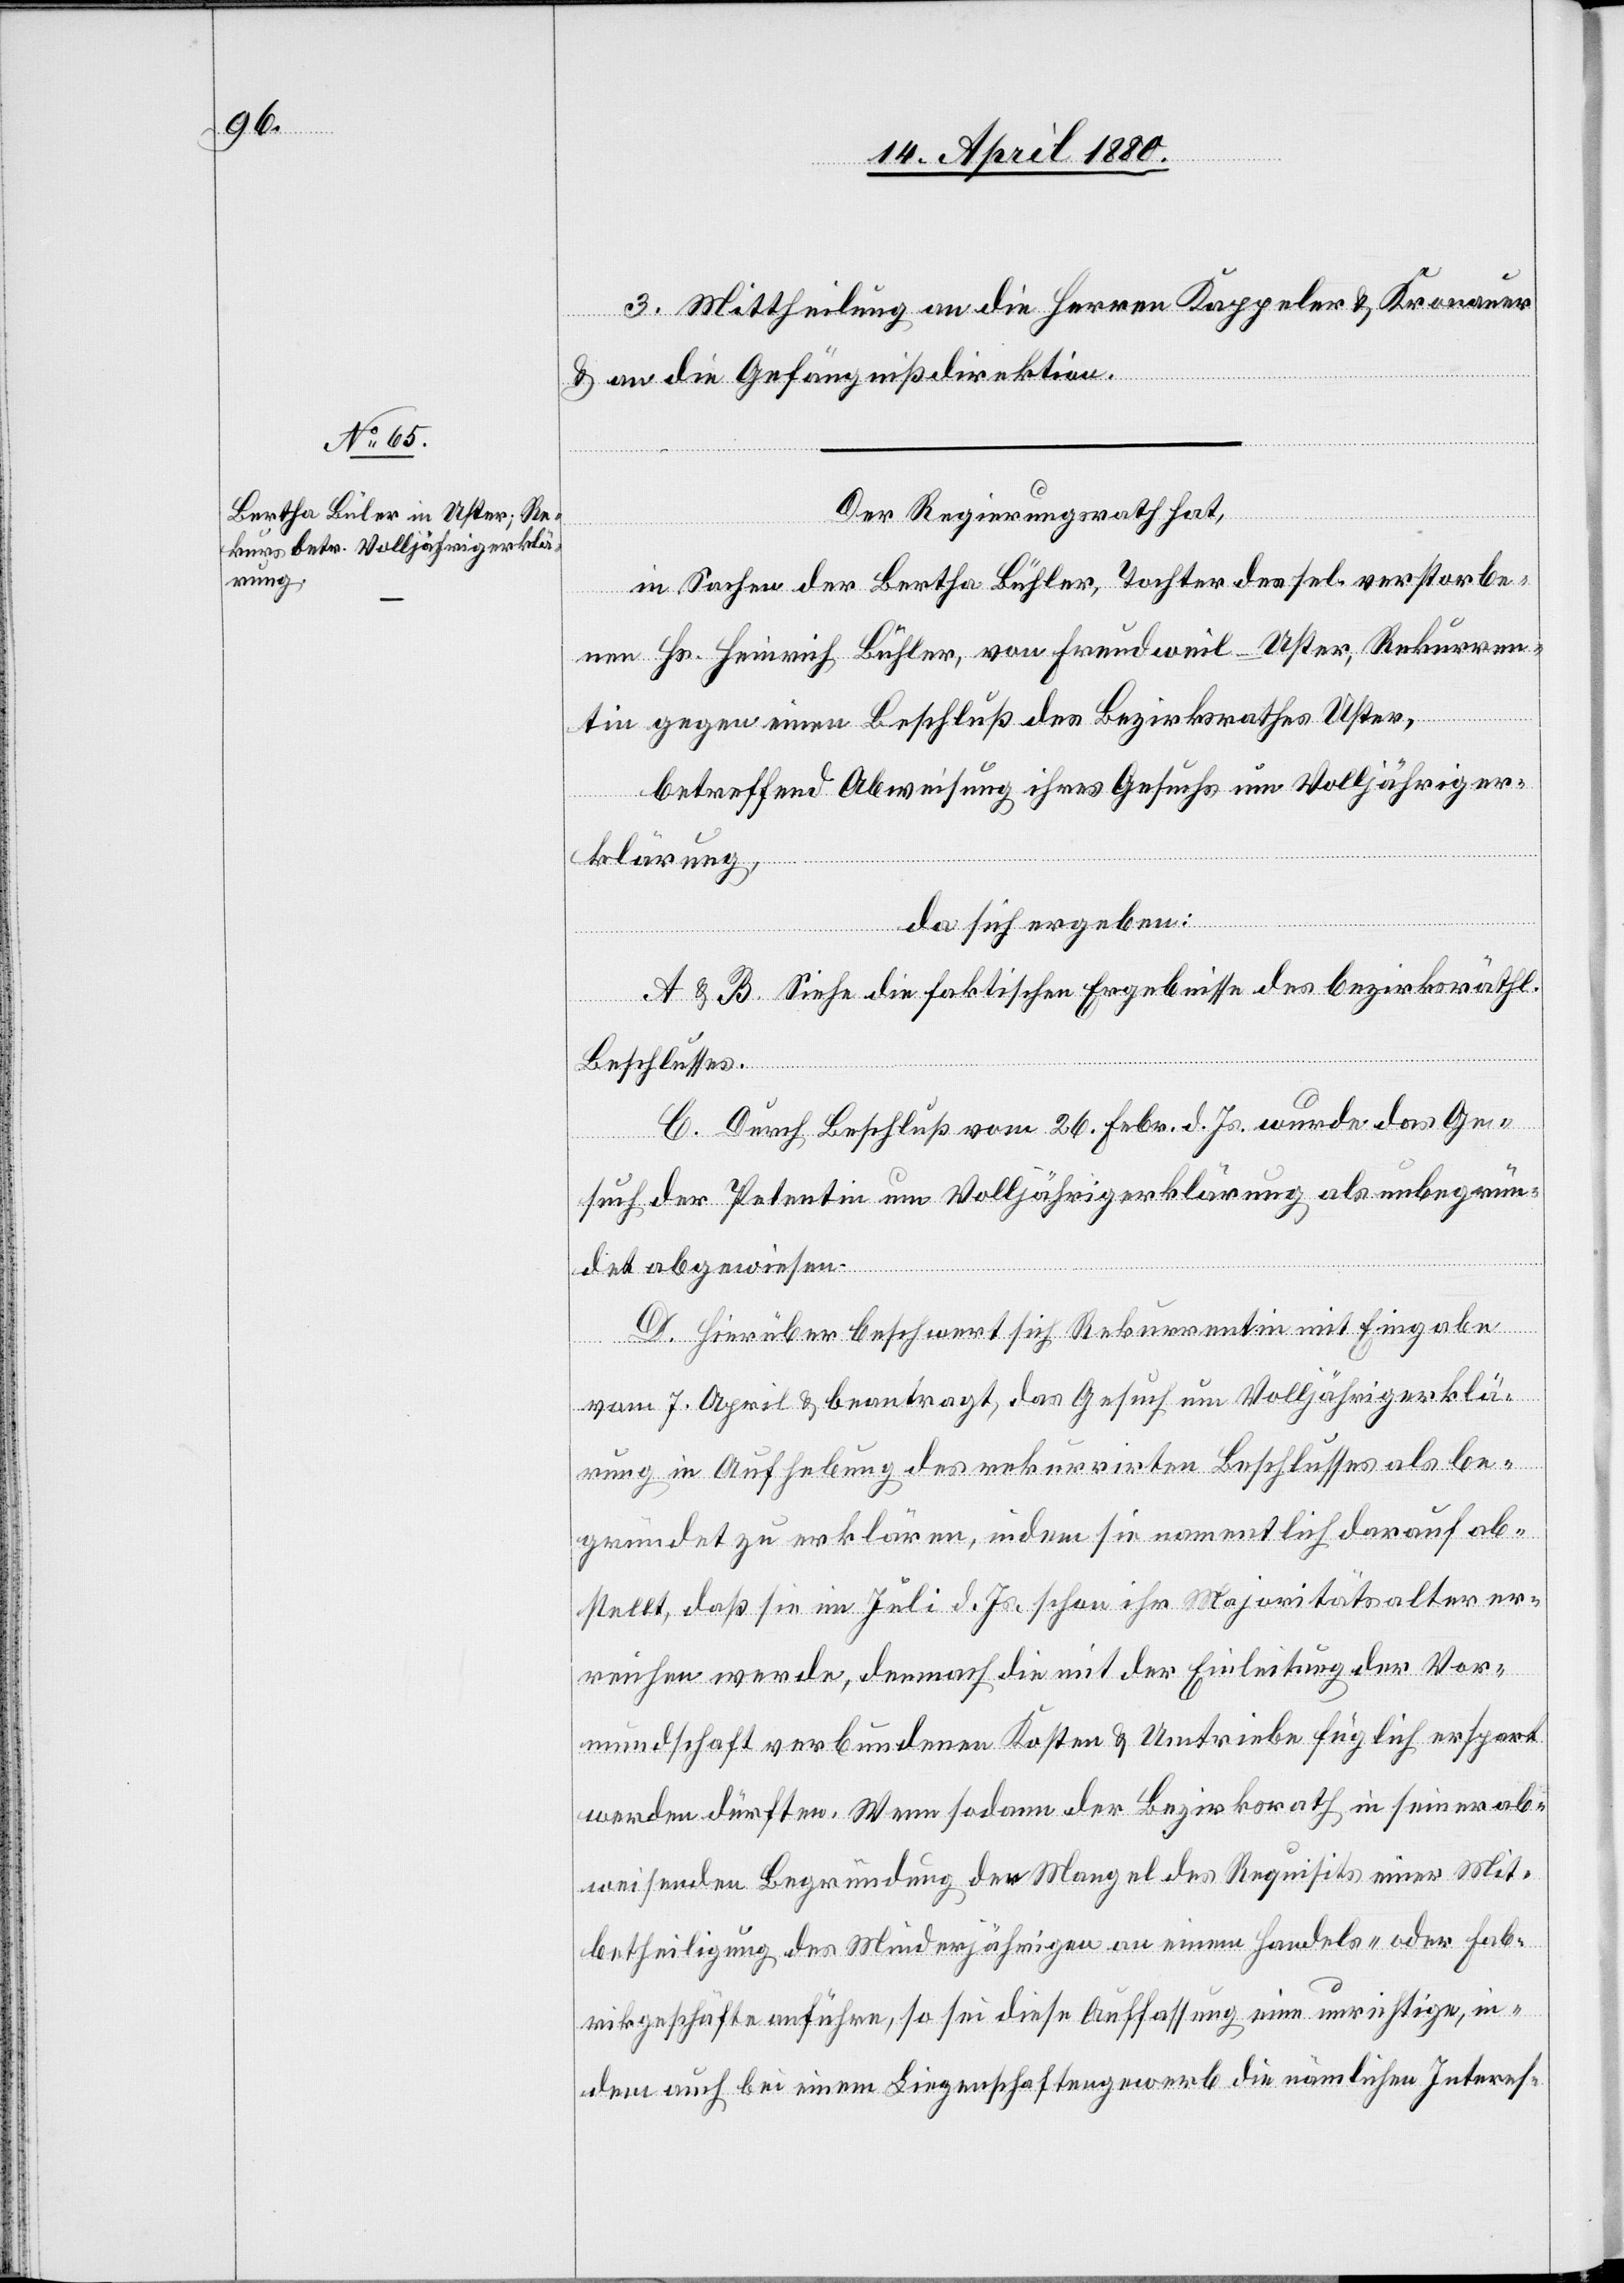
3. Mittheilung an die Herren Kappeler & Kronauer
& an die Gefängnißdirektion.
Der Regierungsrath hat,
in Sachen der Bertha Bühler [sic!], Tochter des sel. verstorbe¬
nen Hs. Heinrich Bühler, von Freudweil - Uster, Rekurren¬
ten gegen einen Beschluß des Bezirksrathes Uster,
betreffend Abweisung ihres Gesuchs um Volljähriger¬
klärung,
da sich ergeben:
A & B. Siehe die faktischen Ergebnisse des bezirksräthli¬
chen
Beschlusses.
C. Durch Beschluß vom 26. Febr. d. Js. wurde das Ge¬
such der Petentin um Volljährigkeitserklärung als unbegrün¬
det abgewiesen.
D. Hierüber beschwert sich Rekurrentin mit Eingabe
vom 7. April & beantragt, das Gesuch um Volljährigerklä¬
rung in Aufhebung des rekurrirten Beschlusses als be¬
gründet zu erklären, indem sie namentlich darauf ab¬
stellt, daß sie im Juli d. Js. schon ihr Majoritätsalter er¬
reichen werde, demnach die mit der Einleitung der Vor¬
mundschaft verbundenen Kosten & Umtriebe füglich erspart
werden dürften. Wenn sodann der Bezirksrath in seiner ab¬
weisenden Begründung den Mangel des Requisits einer Mit¬
betheiligung des Minderjährigen an einem Handels- oder Fab¬
rikgeschäfte anführe, so sei diese Auffassung eine unrichtige, in¬
dem auch bei einem Liegenschaftengewerb die nämlichen Interes-